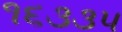
૧૬૩૩૫